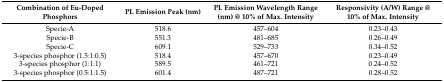
<table><thead><tr><td><b>Combination of Eu-Doped Phosphors</b></td><td><b>PL Emission Peak (nm)</b></td><td><b>PL Emission Wavelength Range (nm) @ 10% of Max. Intensity</b></td><td><b>Responsivity (A/W) Range @ 10% of Max. Intensity</b></td></tr></thead><tbody><tr><td>Specie-A</td><td>518.6</td><td>457–604</td><td>0.23–0.43</td></tr><tr><td>Specie-B</td><td>551.3</td><td>481–685</td><td>0.26–0.49</td></tr><tr><td>Specie-C</td><td>609.1</td><td>529–733</td><td>0.34–0.52</td></tr><tr><td>3-species phosphor (1.5:1:0.5)</td><td>518.4</td><td>457–670</td><td>0.23–0.49</td></tr><tr><td>3-species phosphor (1:1:1)</td><td>589.5</td><td>461–721</td><td>0.24–0.52</td></tr><tr><td>3-species phosphor (0.5:1:1.5)</td><td>601.4</td><td>487–721</td><td>0.28–0.52</td></tr></tbody></table>